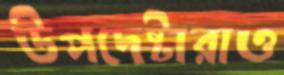
উপদেষ্টারাও